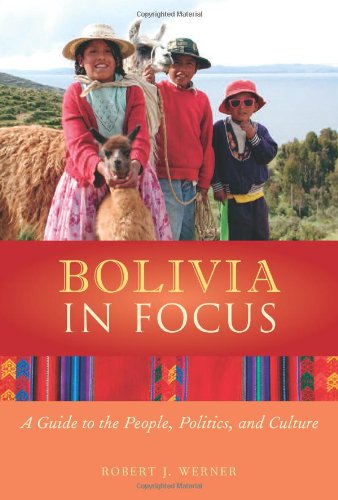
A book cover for Bolivia in Focus: A Guide to the People, Politics, and Culture (In Focus Guides) (The in Focus Guides); Robert J. Werner; Travel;